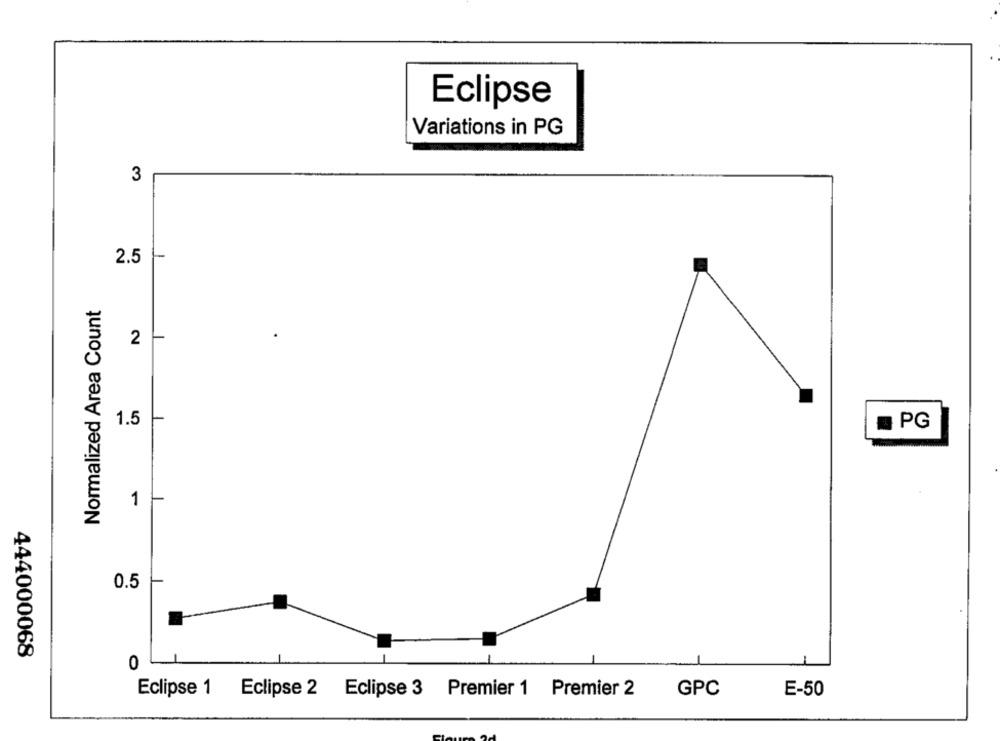
Eclipse
Variations in PG
3
-
2.5
Normalized Area Count
2
1.5
. PG
1
0.5
444000068
0
Eclipse 1 Eclipse 2 Eclipse 3 Premier 1 Premier 2
GPC
E-50